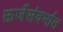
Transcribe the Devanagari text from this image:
ऊर्जेसंदर्भात